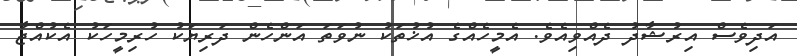
އަދިވެސް އިރުޝާދު ދެއްވިއެވެ. އެމީހެއްގެ އުޚުތަކު ނުވަތަ އަންހެން ދަރިޔަކު ހުރިމީހަކު އެކުއްޖާ